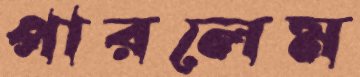
পারলেম